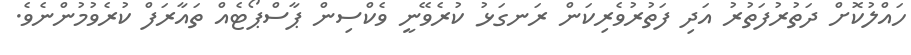
ހައްލުކޮށް ދަތުރުފަތުރު އަދި ފަތުރުވެރިކަން ރަނގަޅު ކުރެވޭނީ ވެކްސިން ޕާސްޕޯޓެއް ތައާރަފް ކުރެވުމުންނެވެ.